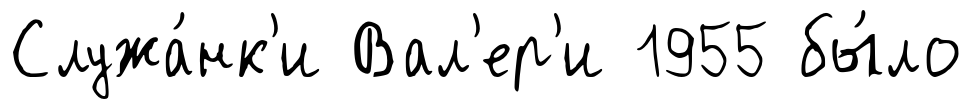
Служа́нк'и Вал'ер'и 1955 бы́ло